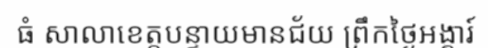
ធំ សាលាខេត្តបន្ទាយមានជ័យ ព្រឹកថ្ងៃអង្គារ៍